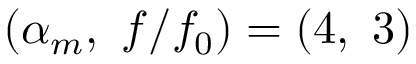
( \alpha _ { m } , \ f / f _ { 0 } ) = ( 4 , \ 3 )